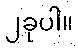
၂ခုပါ။